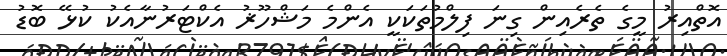
އޮތްއިރު މީގެ ތެރެއިން ގިނަ ފިލްމުތަކަކީ އެންމެ މަޝްހޫޜު އެކްޓަރުނާއެކު ކުޅޭ ބޮޑު